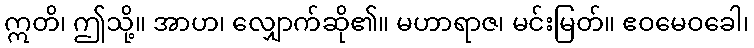
ဣတိ၊ ဤသို့။ အာဟ၊ လျှောက်ဆို၏။ မဟာရာဇ၊ မင်းမြတ်။ ဧဝမေဝခေါ၊